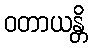
ဝတာယန္တိ